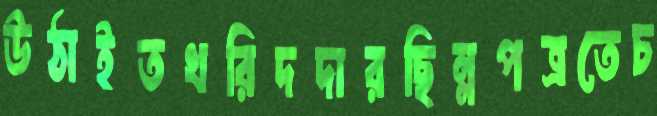
উঠাইতখরিদদারছিন্নপত্রতেচ